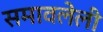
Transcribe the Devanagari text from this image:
समावलेली